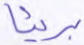
بريئا